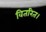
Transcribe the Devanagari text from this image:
वितरित।